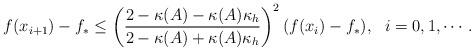
LaTeX: \begin{align*} f(x_{i+1})-f_*\leq \left(\frac{2-\kappa(A)-\kappa(A)\kappa_h}{2-\kappa(A)+\kappa(A)\kappa_h}\right)^2 (f(x_{i})-f_*), ~~i=0, 1, \cdots.\end{align*}